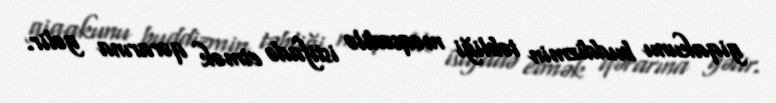
giqakunu buddizmin təbliği məqsədilə istifadə etmək qərarına gəlir.